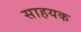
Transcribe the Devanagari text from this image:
साहयक